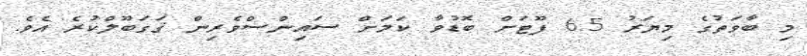
މި ބާވަތުގެ މިޔަރު 6.5 ފޫޓަށް ބޮޑުވާ ކަމަށް ސައިންސްވެރިން ޤަގަބޫލްކުރެ އެވެ.